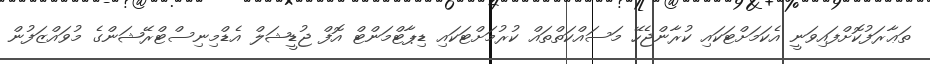
ތަޢާރަފުކޮށްފައިވަނީ އެކަމަށްޓަކައި ކުރާންޖެހޭ މަސައްކަތްތައް ކުރުމަށްޓަކައި ޑިޕާޓްމަންޓް އޮފް ޖުޑީޝަލް އެޑްމިނިސްޓްރޭޝަންގެ މުވައްޒަފުން